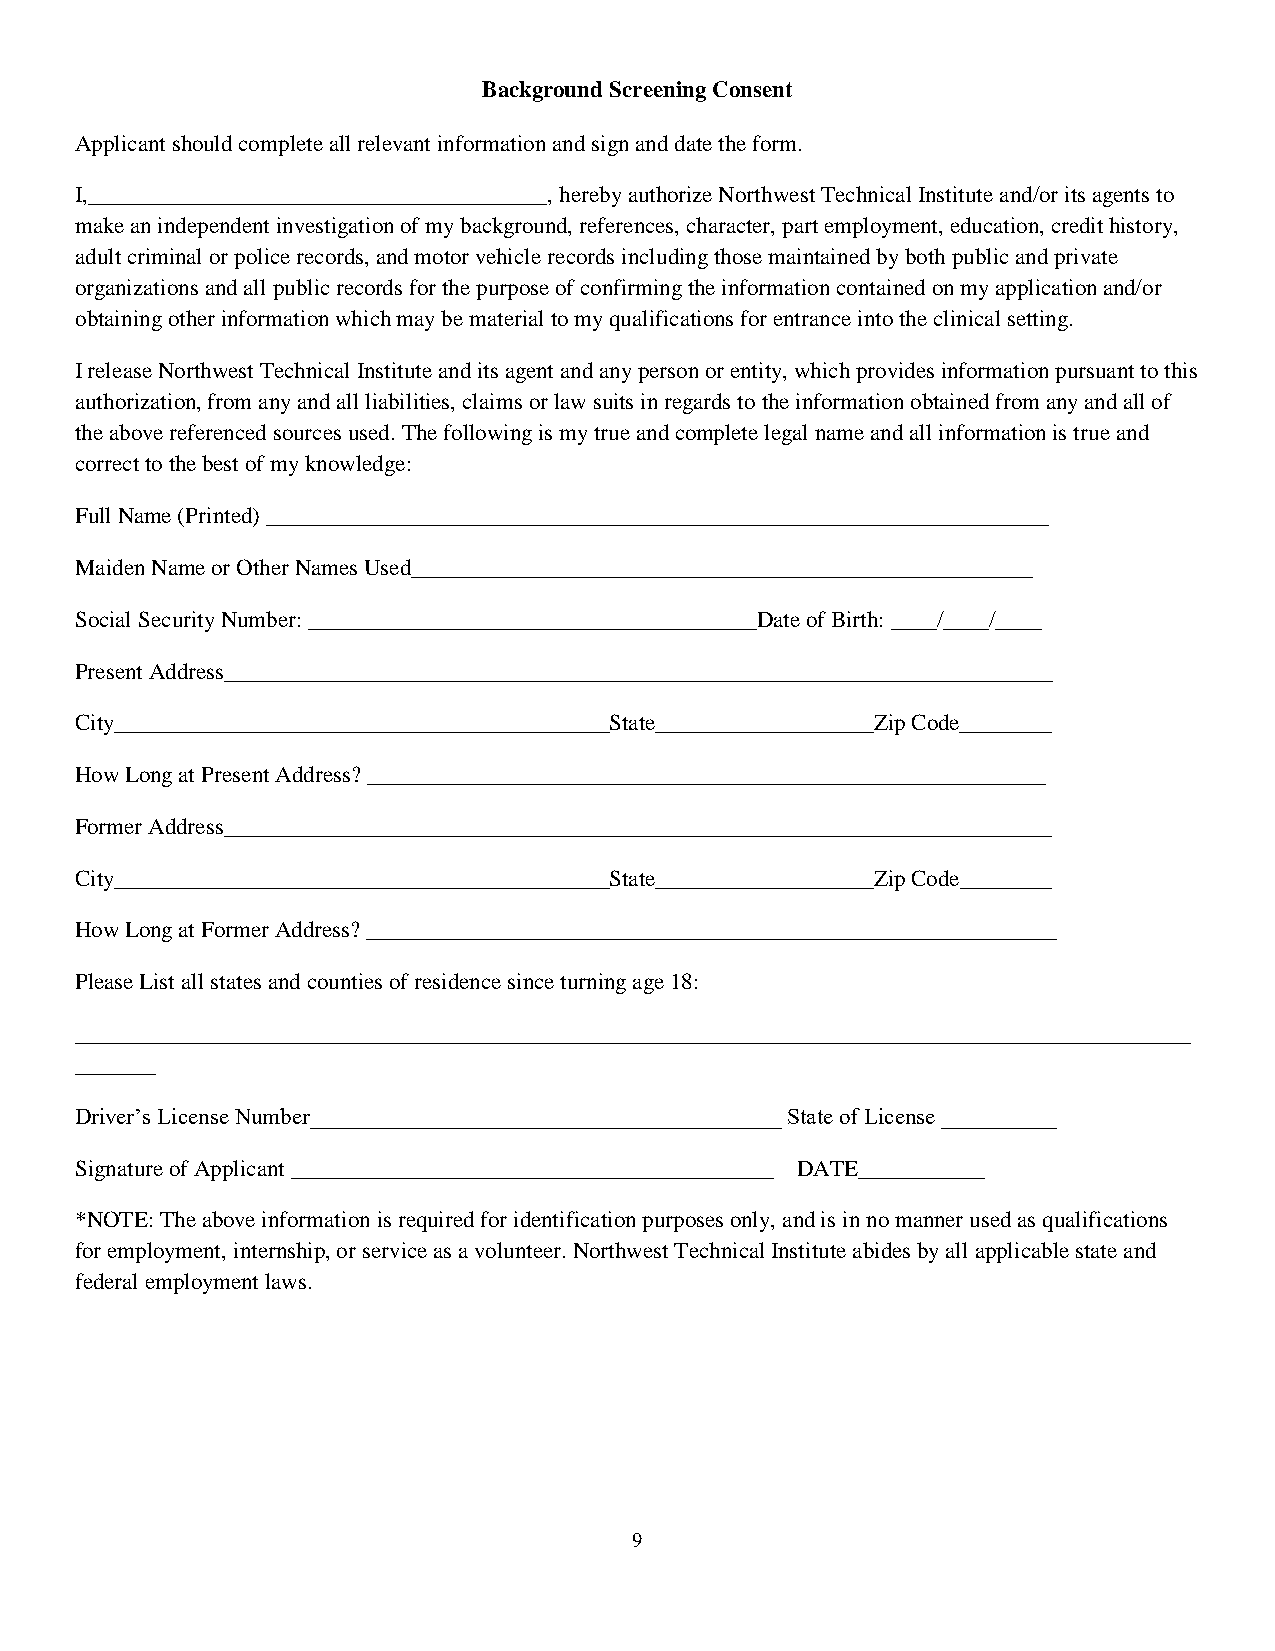
Background Screening Consent
 Applicant should complete all relevant information and sign and date the form.
 I,________________________________________, hereby authorize Northwest Technical Institute and/or its agents to
 make an independent investigation of my background, references, character, part employment, education, credit history,
 adult criminal or police records, and motor vehicle records including those maintained by both public and private
 organizations and all public records for the purpose of confirming the information contained on my application and/or
 obtaining other information which may be material to my qualifications for entrance into the clinical setting.
 I release Northwest Technical Institute and its agent and any person or entity, which provides information pursuant to this
 authorization, from any and all liabilities, claims or law suits in regards to the information obtained from any and all of
 the above referenced sources used. The following is my true and complete legal name and all information is true and
 correct to the best of my knowledge:
 Full Name (Printed) ____________________________________________________________________
 Maiden Name or Other Names Used______________________________________________________
 Social Security Number: _______________________________________Date of Birth: ____/____/____
 Present Address________________________________________________________________________
 City___________________________________________State___________________Zip Code________
 How Long at Present Address? ___________________________________________________________
 Former Address________________________________________________________________________
 City___________________________________________State___________________Zip Code________
 How Long at Former Address? ____________________________________________________________
 Please List all states and counties of residence since turning age 18:
 _________________________________________________________________________________________________
 _______
 Driver’s License Number_________________________________________ State of License __________
 Signature of Applicant __________________________________________ DATE___________
 *NOTE: The above information is required for identification purposes only, and is in no manner used as qualifications
 for employment, internship, or service as a volunteer. Northwest Technical Institute abides by all applicable state and
 federal employment laws.
 9